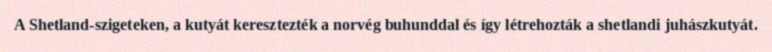
A Shetland-szigeteken, a kutyát keresztezték a norvég buhunddal és így létrehozták a shetlandi juhászkutyát.